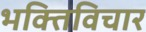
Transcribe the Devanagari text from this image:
भक्तिविचार